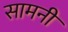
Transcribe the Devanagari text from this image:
सामनी